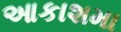
આકાશમા